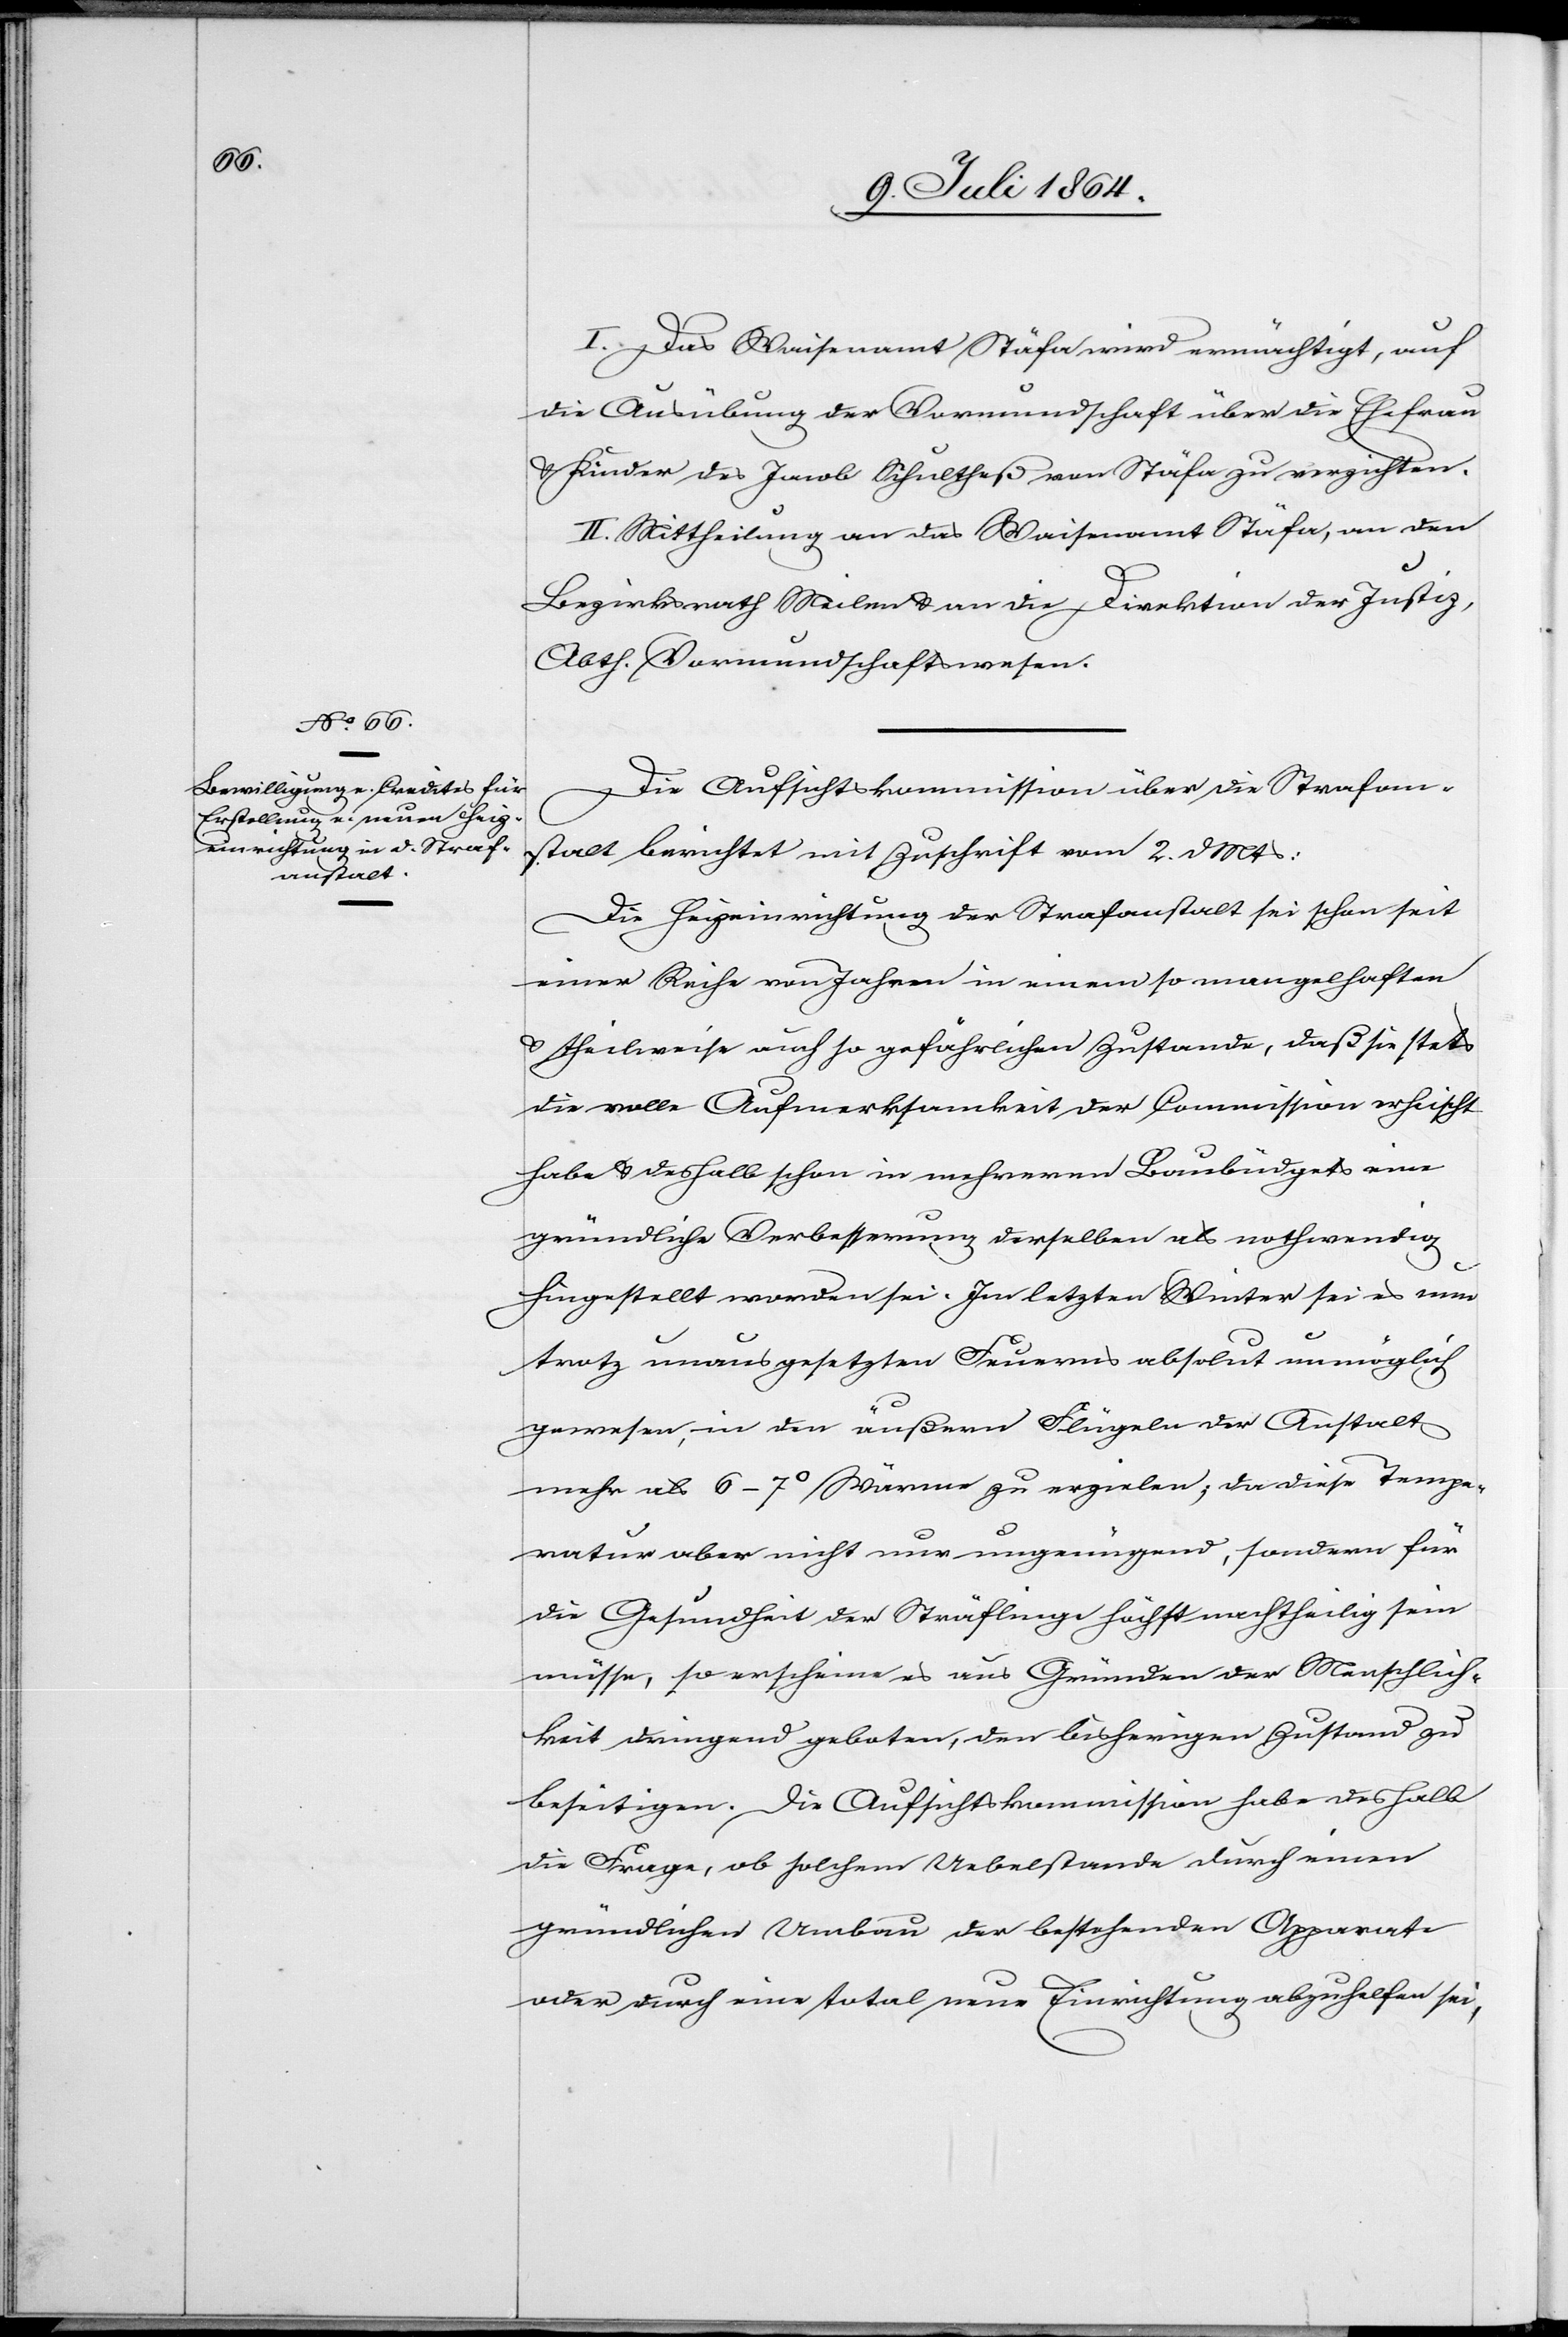
I. Das Waisenamt Stäfa wird ermächtigt, auf
die Ausübung der Vormundschaft über die Ehefrau
u. Kinder des Jacob Schultheß von Stäfa zu verzichten.
II. Mittheilung an das Waisenamt Stäfa, an den
Bezirksrath Meilen u. an die Direktion der Justiz,
Abth. Vormundschaftswesen.
Die Aufsichtskommission über die Strafan¬
stalt berichtet mit Zuschrift vom 2. d. Mts.:
Die Heizeinrichtung der Strafanstalt sei schon seit
einer Reihe von Jahren in einem so mangelhaften
u. theilweise auch so gefährlichen Zustande, daß sie stets
die volle Aufmerksamkeit der Commission erheischt
habe u. deshalb schon in mehreren Baubüdgets eine
gründliche Verbesserung derselben als nothwendig
hingestellt worden sei. Im letzten Winter sei es nun
trotz unausgesetzten Feuern absolut unmöglich
gewesen, in den äußern Flügeln der Anstalt
mehr als 6–7° Wärme zu erzielen; da diese Tempe¬
ratur aber nicht nur ungenügend, sondern für
die Gesundheit der Sträflinge höchst nachtheilig sein
müsse, so erscheine es aus Gründen der Menschlich¬
keit dringend geboten, den bisherigen Zustand zu
beseitigen. Die Aufsichtskommission habe deshalb
die Frage, ob solchem Uebelstande durch einen
gründlichen Umbau der bestehenden Apparate
oder durch eine total neue Einrichtung abzuhelfen sei,